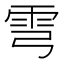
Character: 𩁽